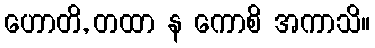
ဟောတိ, တထာ န ကောစိ အကာသိ။